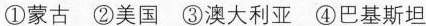
①蒙古 ②美国 ③澳大利亚 ④巴基斯坦